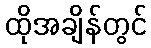
ထိုအချိန်တွင်